Lunatic asylums in Bengal annual reports 1912-1924 - 1912-1924
Year: 1912
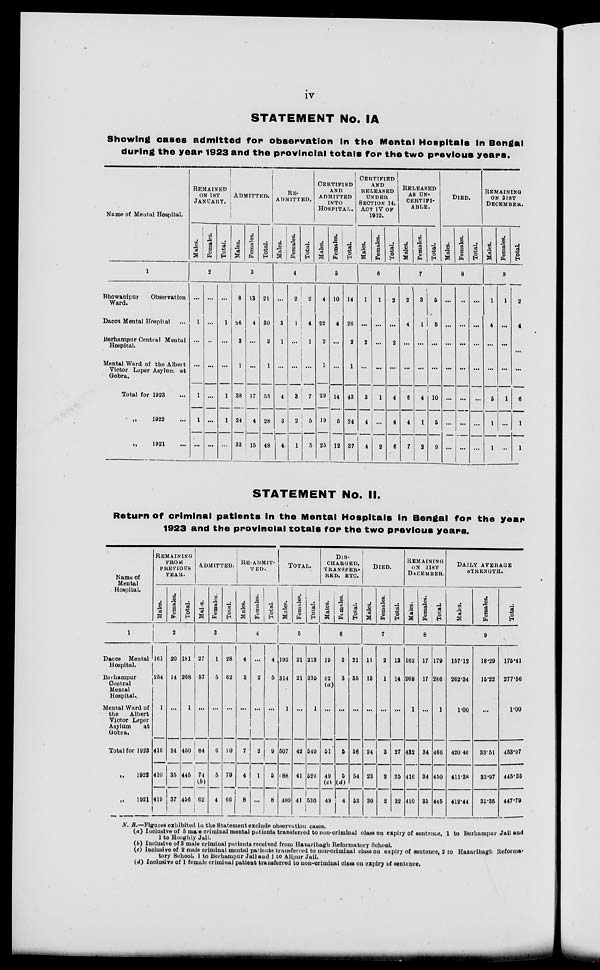
iv
STATEMENT No. IA
Showing cases admitted for observation in the Mental Hospitals in Bengal
during the year 1923 and the provincial totals for the two previous years.
Name of Mental Hospital.
1
Bhowanipur
Observation
Ward.
Dacca Mental Hospital ...
Berhampur Central Mental
Hospital.
Mental Ward of the Albert
Victor Leper Asylum at
Gobra.
Total for 1923 ...
„ 1922 ...
„ 1921 ...
REMAINED
ON 1ST
JANUARY.
Males.
Females.
Total.
2
...
1
...
...
1
1
...
...
...
...
...
...
...
...
...
1
...
...
1
1
...
ADMITTED.
Males.
Females.
Total.
3
8
26
3
1
38
24
33
13
4
...
...
17
4
15
21
30
3
1
55
28
48
RE-
ADMITTED.
Males.
Females.
Total.
4
...
3
1
...
4
3
4
2
1
...
...
3
2
1
2
4
1
...
7
5
5
CERTIFIED
AND
ADMITTED.
INTO
HOSPITAL.
Males.
Females.
Total.
5
4
22
2
1
29
19
25
10
4
...
...
14
5
12
14
26
2
1
43
24
37
CERTIFIED
AND
RELEASED
UNDER
SECTION 14,
ACT IV OF
1912.
Males.
Females.
Total.
6
1
2
...
3
4
4
1
...
...
...
1
...
2
2
...
2
...
4
4
6
RELEASED
AS UN-
CERTIFI-
ABLE.
Males.
Females.
Total.
7
2
4
...
...
6
4
7
3
1
...
...
4
1
2
5
5
...
...
10
5
9
DIED.
Males.
Females.
Total.
8
...
...
...
...
...
...
...
...
...
...
...
...
...
...
...
...
...
...
...
...
REMAINING
ON 3IST
DECEMBER.
Males.
Females.
Total.
9
1
4
...
...
5
1
1
1
...
...
...
1
...
...
2
4
...
...
6
1
1
STATEMENT No. II.
Return of criminal patients in the Mental Hospitals in Bengal for the year
1923 and the provincial totals for the two previous years.
Name of
Mental
Hospital.
1
Dacca
Mental
Hospital.
Berhampur
Central
Mental
Hospital.
Mental Ward of
the
Albert
Victor Leper
Asylum
at
Gobra.
Total for 1923
„
1922
„ 1921
REMAINING
FROM
PREVIOUS
YEAR.
Males.
Females.
Total.
2
161
254
1
416
410
419
20
14
...
34
35
37
181
268
1
450
445
456
ADMITTED.
Males.
Females.
Total.
3
27
57
...
84
74
(b)
62
1
5
...
6
5
4
28
62
...
90
79
66
RE-ADMIT-
TED.
Males.
Females.
Total.
4
4
3
...
7
4
8
...
2
...
2
1
...
4
5
...
9
5
8
TOTAL.
Males.
Females.
Total.
5
192
314
1
507
88
489
21
21
...
42
41
41
218
335
1
549
529
530
DIS-
CHARGED,
TRANSFER-
RED, ETC.
Males.
Females.
Total.
6
19
...
...
51
49
(c)
49
2
3
...
5
5
(d)
4
21
35
...
56
54
53
DIED.
Males.
Females.
Total.
7
11
18
...
24
23
30
2
1
...
3
2
2
13
14
...
27
25
32
REMAINING
ON 31ST
DECEMBER.
Males.
Females.
Total.
8
162
269
1
432
416
410
17
17
...
34
34
35
179
286
1
466
450
445
DAILY AVERAGE
STRENGTH.
Males.
Females.
Total.
9
157.12
262.34
1.00
420.46
411.38
412.44
18.29
15.22
...
33.51
33.97
35.35
175.41
277.56
1.00
453.97
445.35
447.79
N. B.—Figures exhibited in the Statement exclude observation cases.
(a) Iuclusive of 5 male criminal mental patients transferred to non-criminal class on expiry of sentence, 1 to Berhampur Jail and
1 to Hooghly Jail.
(b) Inclusive of 8 male criminal patients received from Hazaribagh Reformatory School.
(c) Inclusive of 2 male criminal mental patients transferred to non-criminal class on expiry of sentence, 2 to Hazaribagh Reforma-
tory School, 1 to Berhampur Jail and 1 to Alipur Jail.
(d) Inclusive of 1 female criminal patient transferred to non-criminal class on expiry of sentence.